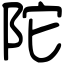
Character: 陀